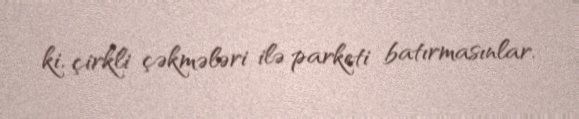
ki, çirkli çəkmələri ilə parketi batırmasınlar.